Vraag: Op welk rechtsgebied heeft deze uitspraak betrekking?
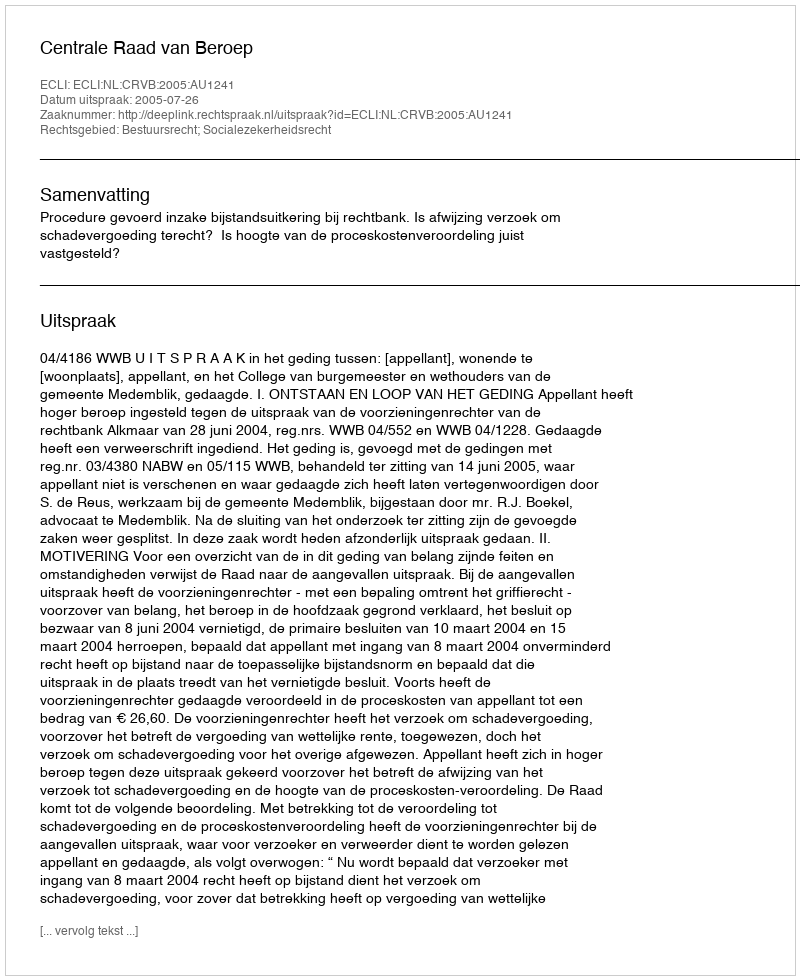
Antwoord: Bestuursrecht; Socialezekerheidsrecht